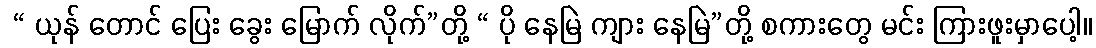
 “ ယုန် တောင် ပြေး ခွေး မြောက် လိုက်”တို့ “ ပို နေမြဲ ကျား နေမြဲ”တို့ စကားတွေ မင်း ကြားဖူးမှာပေါ့။